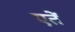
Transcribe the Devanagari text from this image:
एतें